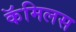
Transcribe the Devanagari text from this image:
कॅमिलस